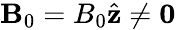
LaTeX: \mathbf{B}_{0}=B_{0}\hat{\mathbf{z}}\neq\mathbf{0}